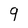
Character: 9